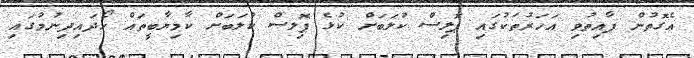
އެގޮތުން ފާއިތުވި އަހަރުތަކުގައި ޕޮލިސް ކުލަބަށް ކުޅެ ޕޮލިސް ކުލަބަށް ކާމިޔާބީތައް ހޯދައިދިނުމުގައި